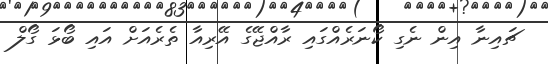
ޗައިނާ އިން ނެގި ކޯނަރެއްގައި ރާއްޖޭގެ އޭރިއާ ތެރެއަށް އައި ބޯޅަ ގޯލް